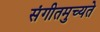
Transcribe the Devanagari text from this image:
संगीतमुच्यते